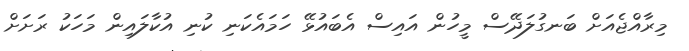
މިރާއްޖެއަށް ބަނގުލަދޭސް މީހުން އައިސް އެބައުޅޭ ހަމައެކަނި ކުނި އުކާލައިން މަހަކު ރަށަށް